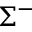
\Sigma ^ { - }